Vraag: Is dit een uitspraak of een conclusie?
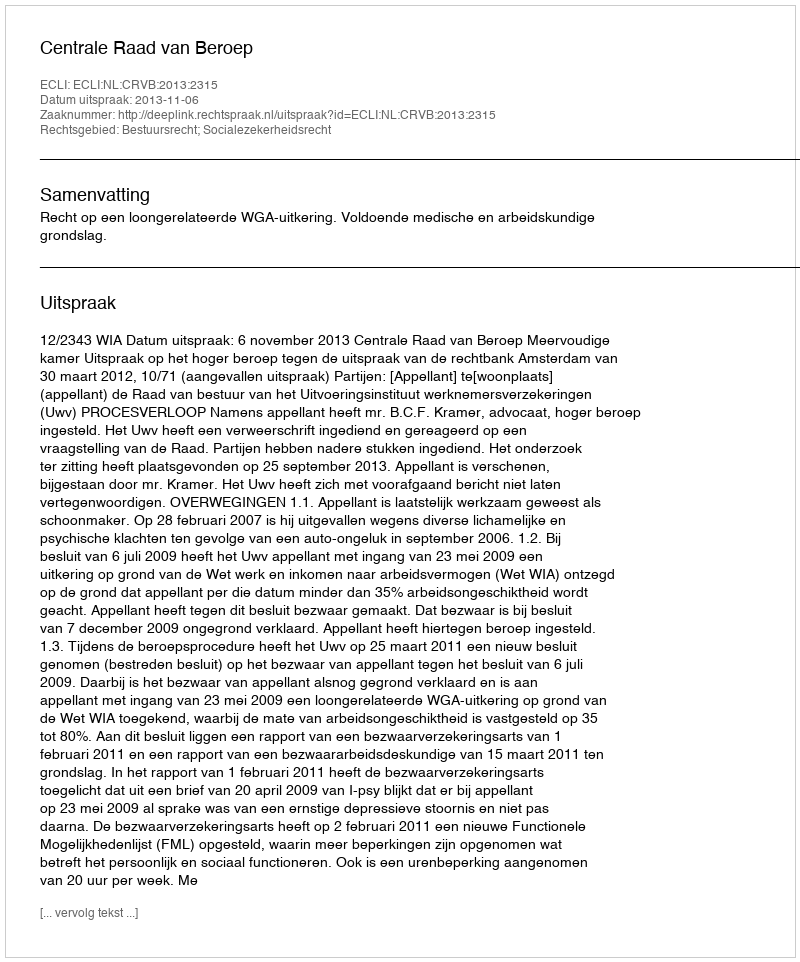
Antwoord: Uitspraak